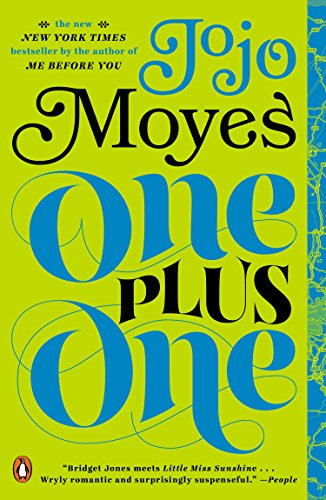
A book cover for One Plus One: A Novel; Jojo Moyes; Romance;